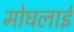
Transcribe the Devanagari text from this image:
मोघलाई